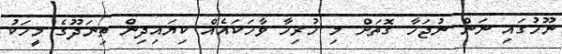
ނޫހުގައި ނަން ނުޖަހާ ގޮތަށް މި ހުރިހާ ވާހަކައެއް ކިޔައިދިން ތިނަދޫގެ މީހަކު